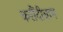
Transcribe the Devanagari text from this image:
करौंदीग्राम